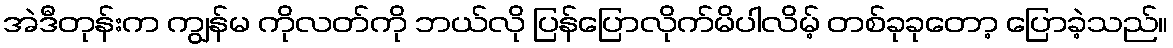
အဲဒီတုန်းက ကျွန်မ ကိုလတ်ကို ဘယ်လို ပြန်ပြောလိုက်မိပါလိမ့် တစ်ခုခုတော့ ပြောခဲ့သည်။